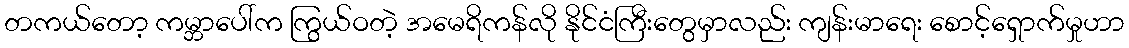
တကယ်တော့ ကမ္ဘာပေါ်က ကြွယ်ဝတဲ့ အမေရိကန်လို နိုင်ငံကြီးတွေမှာလည်း ကျန်းမာရေး စောင့်ရှောက်မှုဟာ